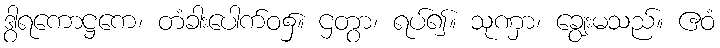
ဒွါရကောဋ္ဌကေ၊ တံခါးပေါက်ဝ၌။ ဌတွာ၊ ရပ်၍။ သုဏှာ၊ ချွေးမသည်။ ဧဝံ